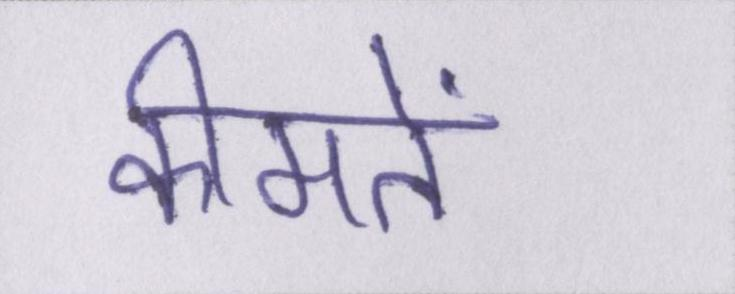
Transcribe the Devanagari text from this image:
कीमतें